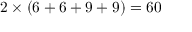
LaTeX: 2 \times ( 6 + 6 + 9 + 9 ) = 6 0